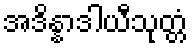
အဒိန္နာဒါယီသုတ္တံ